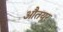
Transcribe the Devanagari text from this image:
औतयूर